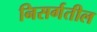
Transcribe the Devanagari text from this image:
निसर्गतील